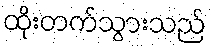
ထိုးတက်သွားသည်